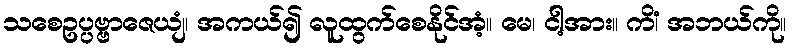
သစေဥပ္ပဗ္ဗာဇေယျံ၊ အကယ်၍ လူထွက်စေနိုင်အံ့။ မေ၊ ငါ့အား။ ကိံ၊ အဘယ်ကို။